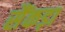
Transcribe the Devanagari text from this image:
सैंकड़ा